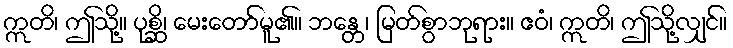
ဣတိ၊ ဤသို့။ ပုစ္ဆိ၊ မေးတော်မူ၏။ ဘန္တေ၊ မြတ်စွာဘုရား။ ဧဝံ၊ ဣတိ၊ ဤသို့လျှင်။